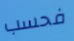
فحسب